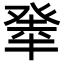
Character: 𤼳